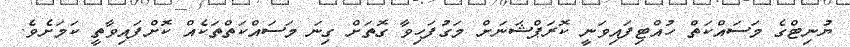
ޔުނިޓްގެ މަސައްކަތް ހުއްޓިފައިވަނީ ކޮރަޕްޝަނަށް މަގުފަހިވާ ގޮތަށް ގިނަ މަސައްކަތްތަކެއް ކޮށްފައިވާތީ ކަމަށެވެ.